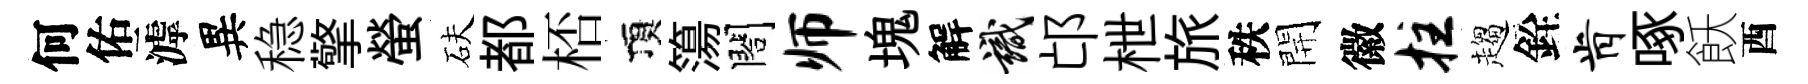
何佑滹異稳擎螢砆都桮頂簜閤师塊解識邙枻旅秩開徽拄趨銓肯啄飫酉